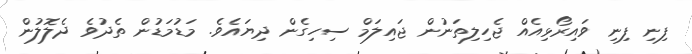
ފިނި ފިނި ވައިރޯޅިއެއް ޖެހިލިތަނުން ޖައިލަމް ސިހިގެން ދިޔައެވެެ. މަޑުމަޑުން ތެދުވެ ދެލޮލުން